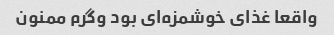
واقعا غذای خوشمزه‌ای بود وگرم ممنون